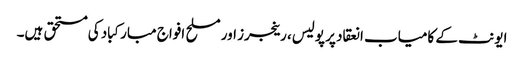
ایونٹ کے کامیاب انعقاد پر پولیس، رینجرز اور مسلح افواج مبارکباد کی مستحق ہیں۔